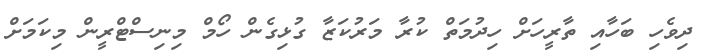
ދިވެހި ބަހާއި ތާރީހަށް ހިދުމަތް ކުރާ މަރުކަޒާ ގުޅިގެން ހޯމް މިނިސްޓްރީން މިކަމަށް